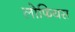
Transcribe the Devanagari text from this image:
लोफियस